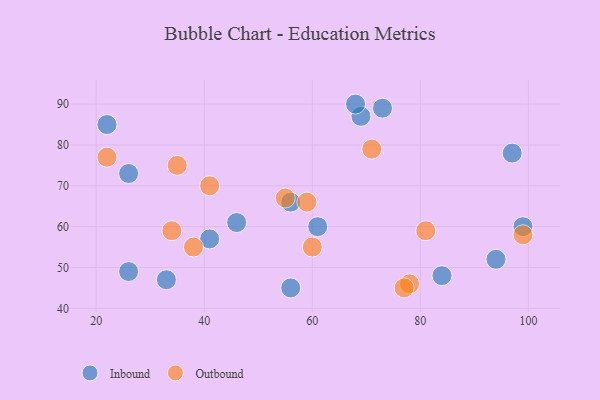
{"axis": {"x": "GDP", "y": "Life Expectancy"}, "legend": ["Inbound", "Outbound"], "data": [{"x": "94", "y": 52, "type": "Inbound"}, {"x": "56", "y": 66, "type": "Inbound"}, {"x": "41", "y": 57, "type": "Inbound"}, {"x": "69", "y": 87, "type": "Inbound"}, {"x": "56", "y": 45, "type": "Inbound"}, {"x": "84", "y": 48, "type": "Inbound"}, {"x": "68", "y": 90, "type": "Inbound"}, {"x": "33", "y": 47, "type": "Inbound"}, {"x": "22", "y": 85, "type": "Inbound"}, {"x": "73", "y": 89, "type": "Inbound"}, {"x": "97", "y": 78, "type": "Inbound"}, {"x": "61", "y": 60, "type": "Inbound"}, {"x": "26", "y": 49, "type": "Inbound"}, {"x": "99", "y": 60, "type": "Inbound"}, {"x": "26", "y": 73, "type": "Inbound"}, {"x": "46", "y": 61, "type": "Inbound"}, {"x": "99", "y": 58, "type": "Outbound"}, {"x": "38", "y": 55, "type": "Outbound"}, {"x": "34", "y": 59, "type": "Outbound"}, {"x": "81", "y": 59, "type": "Outbound"}, {"x": "60", "y": 55, "type": "Outbound"}, {"x": "59", "y": 66, "type": "Outbound"}, {"x": "41", "y": 70, "type": "Outbound"}, {"x": "35", "y": 75, "type": "Outbound"}, {"x": "78", "y": 46, "type": "Outbound"}, {"x": "22", "y": 77, "type": "Outbound"}, {"x": "77", "y": 45, "type": "Outbound"}, {"x": "71", "y": 79, "type": "Outbound"}, {"x": "55", "y": 67, "type": "Outbound"}]}